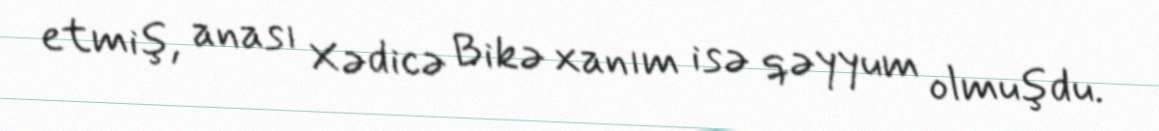
etmiş, anası Xədicə Bikə xanım isə qəyyum olmuşdu.